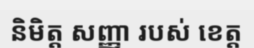
និមិត្ត សញ្ញា របស់ ខេត្ត